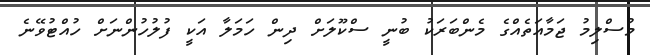
މުސްލިމު ޖަމާއަތެއްގެ މެންބަރަކު ބުނީ ސްކޫލަށް ދިން ހަމަލާ އަކީ ފުލުހުންނަށް ހުއްޓުވޭނެ